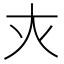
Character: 𡗜